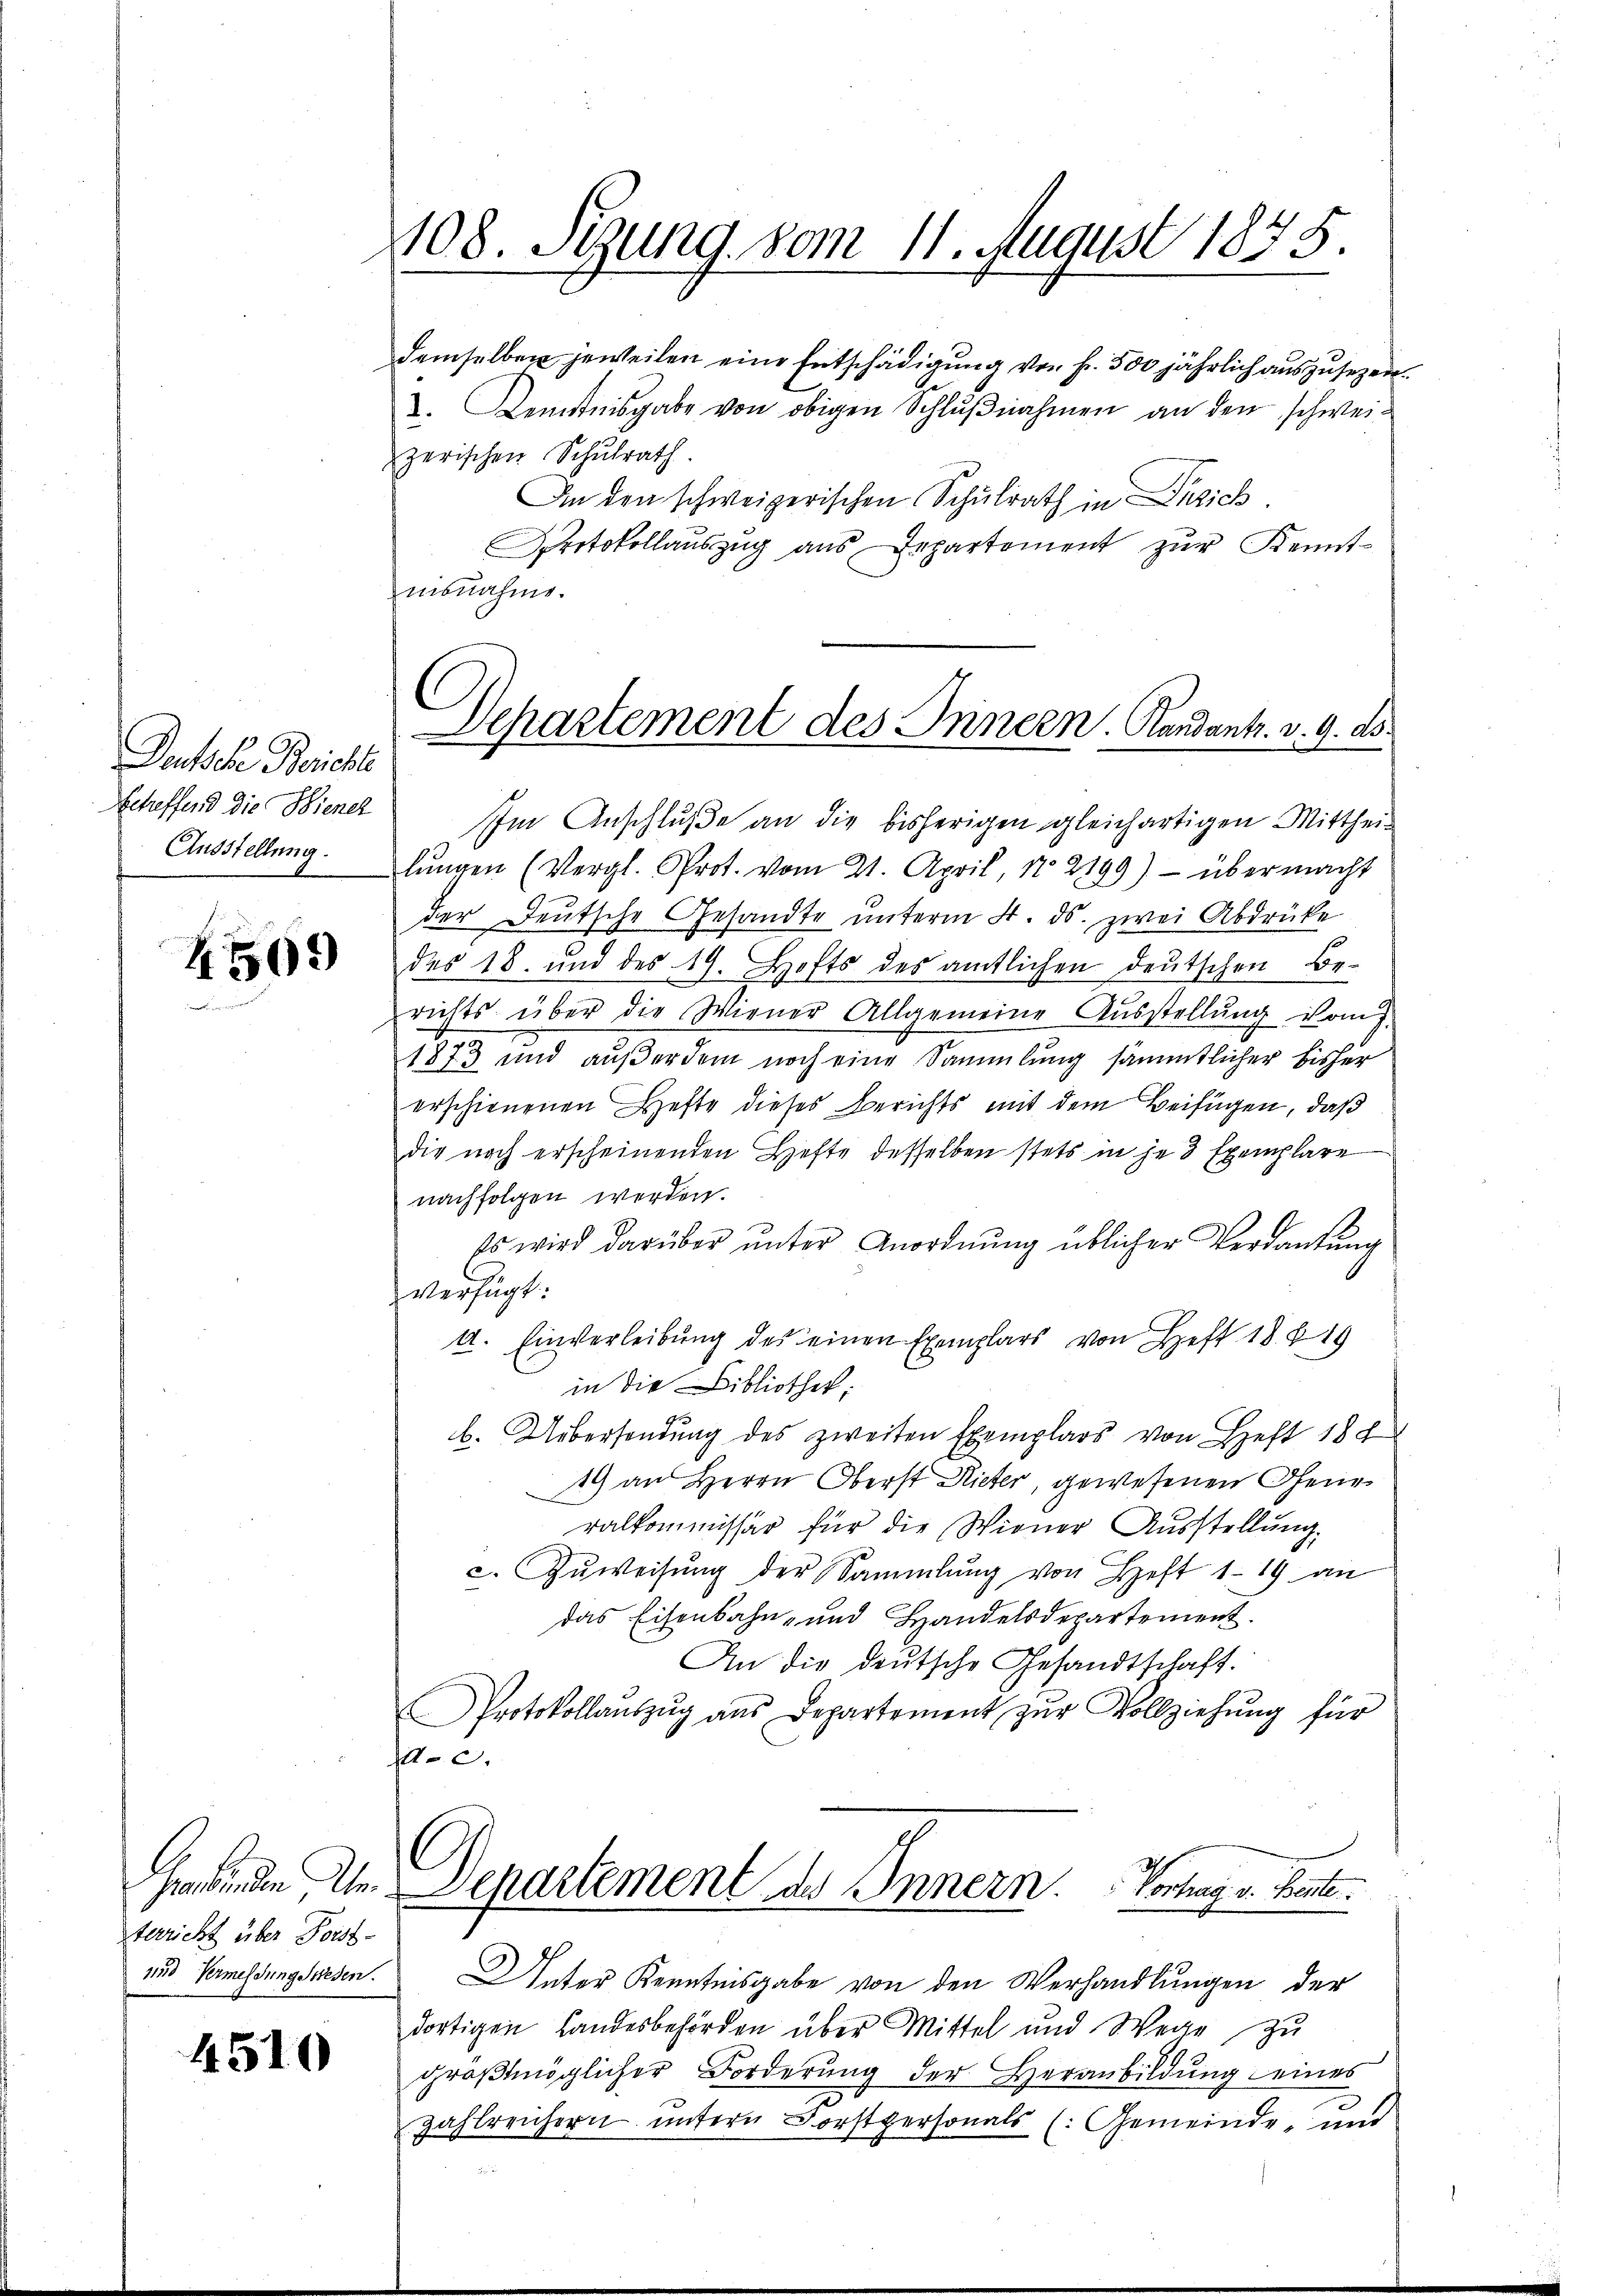
Deutsche Berichte
betreffend die Biener
Ausstellung.

509

sterricht über Forst-

4510

108. Stung vom 11. August 1875.

Departement des Innern. Randantr. v. 9. ds.

demselben jeweilen eine Entschädigung von fr. 500 jährlich auszusezen.
d. Kenntnisgabe von obigen Schlußnahmen an den schweizerischen Schulrath.
An den schweizerischen Schulrath in Desich
Protokollaŭszŭg ans Departement zŭr Kennt-
isnahme.
Im Anschluße an die bisherigen gleichartigen Mittheil
lungen (Vergl. Prot. vom 21. April, N2199) - übermacht
der Deutsche Gesandte ŭnterm 4. ds. zwei Abdrüke
des 18. und des 19. Hofts des amtlichen deutschen Berichts über die Wiener Allgemeine Ausstellung vom 7.
1873 und außerdem noch eine Sammlung sämmtlicher bisher
erschienenen Hefte dieses Berichts mit dem Beifügen, daß
die noch erscheinenden Hefte desselben stets in je 3 Exemplare
nachfolgen werden.
Es wird darüber unter Anordnung üblicher Verdankung
verfügt:
A. Einverleibung des einen Exemplars von Heft 18819
in die Bibliothek,
b. Uebersendung des zweiten Exemplars von Heft 188
19 an Herrn Oberst Rieter, gewesenen Generalkommissär für die Wiener Ausstellung.
c. Zŭweisŭng der Sammlung von Heft 1. 19 an
das Eisenbahn- und Handelsdepartement
An die deutsche Gesandtschaft.
Protokollaŭszŭg ans Departement zŭr Vollziehung für
0.
Grinde Un. Departement des Innern. Vortrag v. Bente
und Vermessungswesen. Unter Kenntnisgabe von den Verhandlungen der
dortigen Landesbehörden über Mittel und Wege zu
größtmöglicher Forderung der Heranbildung eines
Zahlreichern untern Forstpersonals (: Gemeinde, und